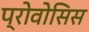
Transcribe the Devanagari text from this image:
प्रोवोसिस